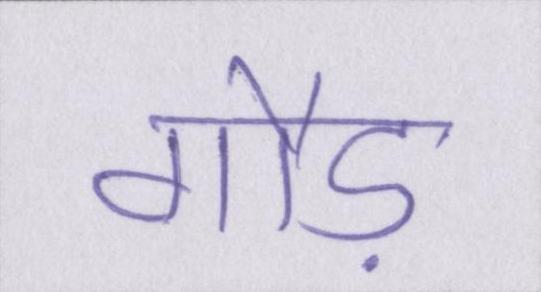
गौड़